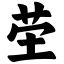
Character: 茔